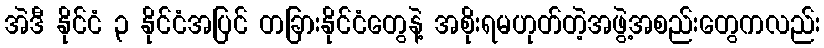
အဲဒီ နိုင်ငံ ၃ နိုင်ငံအပြင် တခြားနိုင်ငံတွေနဲ့ အစိုးရမဟုတ်တဲ့အဖွဲ့အစည်းတွေကလည်း